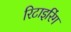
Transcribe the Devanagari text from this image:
रिटाइरिंग